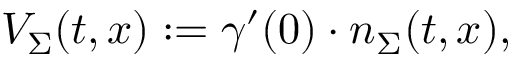
V _ { \Sigma } ( t , x ) : = \gamma ^ { \prime } ( 0 ) \cdot n _ { \Sigma } ( t , x ) ,